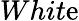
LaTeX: Whit\mathrm{e}